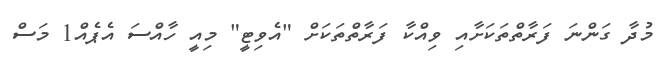
މުދާ ގަންނަ ފަރާތްތަކަށާއި ވިއްކާ ފަރާތްތަކަށް "އެވިޓީ" މިއީ ހާއްސަ އެޕެއް1 މަސް